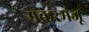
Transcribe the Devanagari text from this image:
मकरमंजू